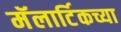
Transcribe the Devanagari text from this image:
मॅलार्टिकच्या